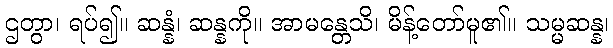
ဌတွာ၊ ရပ်၍။ ဆန္နံ၊ ဆန္နကို။ အာမန္တေသိ၊ မိန့်တော်မူ၏။ သမ္မဆန္န၊